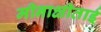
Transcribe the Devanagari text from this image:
मीनाक्षीताई